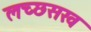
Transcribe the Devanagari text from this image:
लच्छसख